Report of the Indian Hemp Drugs Commission, 1894-1895 - Volume I
Year: 1894
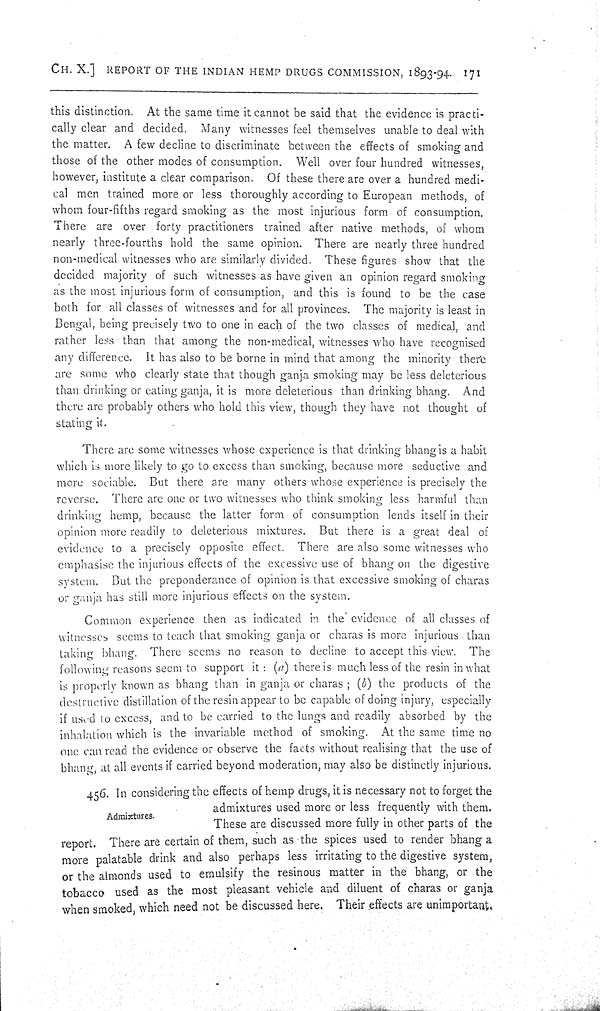
CH. X.] REPORT OF THE INDIAN HEMP DRUGS COMMISSION, 1893-94. 171
this distinction. At the same time it cannot be said that the evidence is practi-
cally clear and decided. Many witnesses feel themselves unable to deal with
the matter. A few decline to discriminate between the effects of smoking and
those of the other modes of consumption. Well over four hundred witnesses,
however, institute a clear comparison. Of these there are over a hundred medi-
cal men trained more or less thoroughly according to European methods, of
whom four-fifths regard smoking as the most injurious form of consumption.
There are over forty practitioners trained after native methods, of whom
nearly three-fourths hold the same opinion. There are nearly three hundred
non-medical witnesses who are similarly divided. These figures show that the
decided majority of such witnesses as have given an opinion regard smoking
as the most injurious form of consumption, and this is found to be the case
both for all classes of witnesses and for all provinces. The majority is least in
Bengal, being precisely two to one in each of the two classes of medical, and
rather less than that among the non-medical, witnesses who have recognised
any difference. It has also to be borne in mind that among the minority there
are some who clearly state that though ganja smoking may be less deleterious
than drinking or eating ganja, it is more deleterious than drinking bhang. And
there are probably others who hold this view, though they have not thought of
stating it.
There are some witnesses whose experience is that drinking bhang is a habit
which is more likely to go to excess than smoking, because more seductive and
more sociable. But there are many others whose experience is precisely the
reverse. There are one or two witnesses who think smoking less harmful than
drinking hemp, because the latter form of consumption lends itself in their
opinion more readily to deleterious mixtures. But there is a great deal of
evidence to a precisely opposite effect. There are also some witnesses who
emphasise the injurious effects of the excessive use of bhang on the digestive
system. But the preponderance of opinion is that excessive smoking of charas
or ganja has still more injurious effects on the system.
Common experience then as indicated in the evidence of all classes of
witnesses seems to teach that smoking ganja or charas is more injurious than
taking bhang. There seems no reason to decline to accept this view. The
following reasons seem to support it: (a) there is much less of the resin in what
is properly known as bhang than in ganja or charas; (b) the products of the
destructive distillation of the resin appear to be capable of doing injury, especially
if used to excess, and to be carried to the lungs and readily absorbed by the
inhalation which is the invariable method of smoking. At the same time no
one can read the evidence or observe the facts without realising that the use of
bhang, at all events if carried beyond moderation, may also be distinctly injurious.
Admixtures.
456. In considering the effects of hemp drugs, it is necessary not to forget the
admixtures used more or less frequently with them.
These are discussed more fully in other parts of the
report. There are certain of them, such as the spices used to render bhang a
more palatable drink and also perhaps less irritating to the digestive system,
or the almonds used to emulsify the resinous matter in the bhang, or the
tobacco used as the most pleasant vehicle and diluent of charas or ganja
when smoked, which need not be discussed here. Their effects are unimportant.